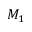
M _ { 1 }